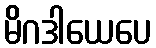
မိဂဒါယေပေ